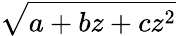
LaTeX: \sqrt{a+bz+cz^{2}}